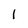
Character: l